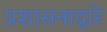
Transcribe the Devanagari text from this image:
प्रशासनाद्वारे